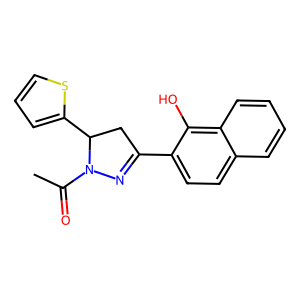
SMILES: CC(=O)N1N=C(c2ccc3ccccc3c2O)CC1c1cccs1
Inhibits HIV replication: No